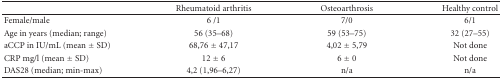
<table><thead><tr><td></td><td><b>Rheumatoid arthritis</b></td><td><b>Osteoarthrosis</b></td><td><b>Healthy control</b></td></tr></thead><tbody><tr><td>Female/male</td><td>6 /1</td><td>7/0</td><td>6/1</td></tr><tr><td>Age in years(median; range) </td><td>56 (35–68)</td><td>59 (53–75)</td><td>32 (27–55)</td></tr><tr><td>aCCP in IU/mL (mean ± SD)</td><td>68,76 ± 47,17</td><td>4,02 ± 5,79</td><td>Not done</td></tr><tr><td>CRP mg/l (mean ± SD)</td><td>12 ± 6</td><td>6 ± 0</td><td>Not done</td></tr><tr><td>DAS28 (median; min-max)</td><td>4,2 (1,96–6,27)</td><td>n/a</td><td>n/a</td></tr></tbody></table>